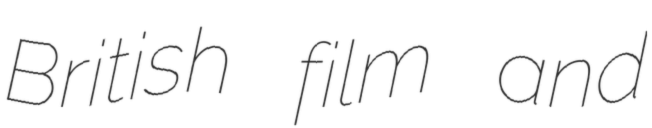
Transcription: British film and